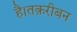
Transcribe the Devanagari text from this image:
है।तक़रीबन